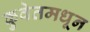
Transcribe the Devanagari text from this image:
कुवेतमधून